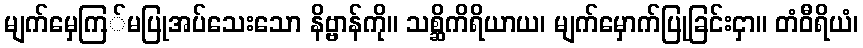
မျက်မှေကြ်မပြုအပ်သေးသော နိဗ္ဗာန်ကို။ သစ္ဆိကိရိယာယ၊ မျက်မှောက်ပြုခြင်းငှာ။ တံဝီရိယံ၊